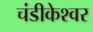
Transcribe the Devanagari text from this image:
चंडीकेश्‍वर